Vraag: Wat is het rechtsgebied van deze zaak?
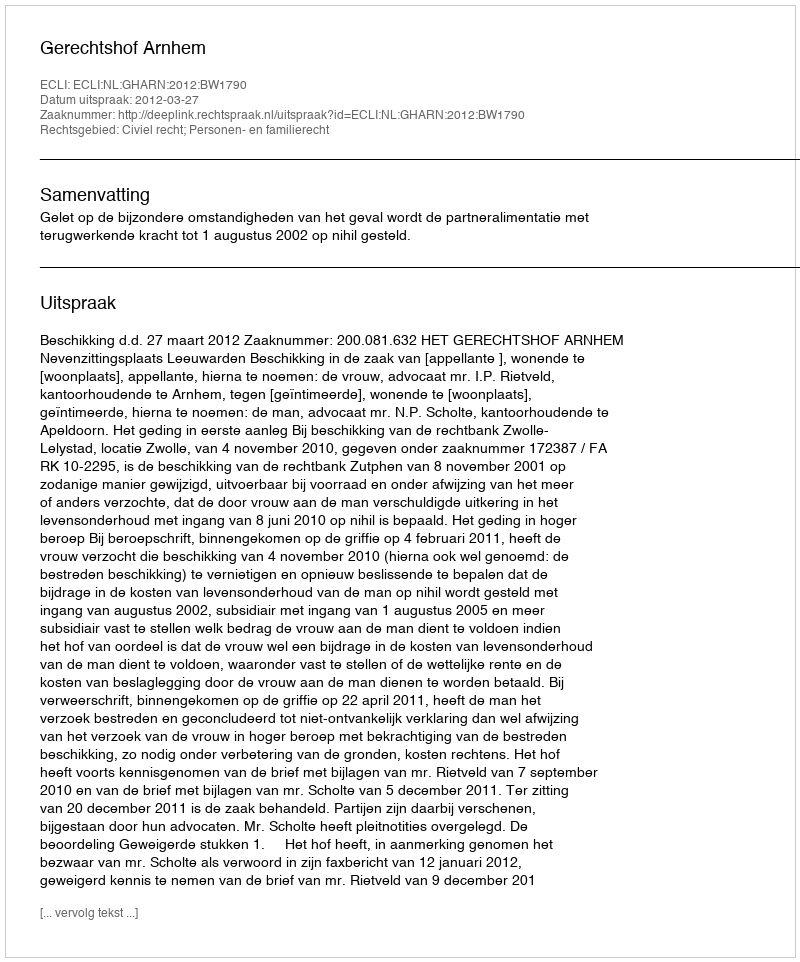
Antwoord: Civiel recht; Personen- en familierecht